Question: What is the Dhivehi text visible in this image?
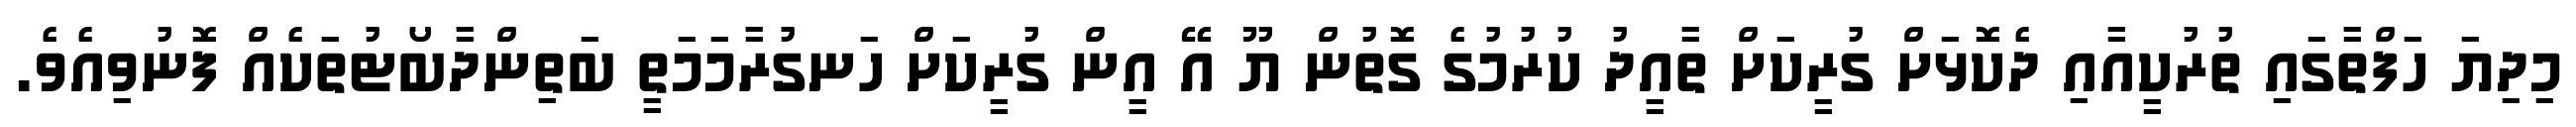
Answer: މިދިޔަ ހަފްތާގައި ތުރުކީއާއި ދެކޮޅަށް ގުރީކަށް ތާއީދު ކުރުމުގެ ގޮތުން ޔޫ އޭ އީން ގުރީކަށް ހަނގުރާމަމަތީ ބަތިންދާބޯޓުތަކެއް ފޮނުވިއެވެ.